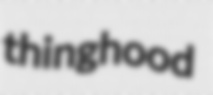
thinghood